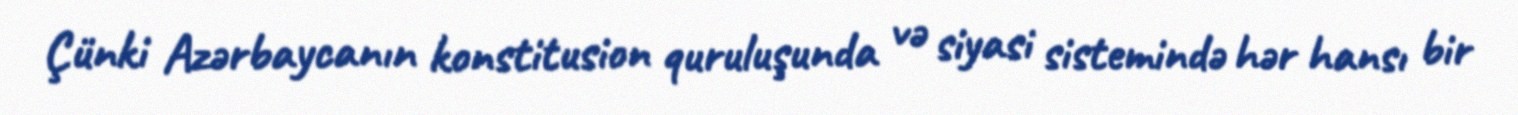
Çünki Azərbaycanın konstitusion quruluşunda və siyasi sistemində hər hansı bir